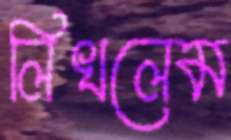
লিখলেম